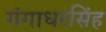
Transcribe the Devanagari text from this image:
गंगाधरसिंह